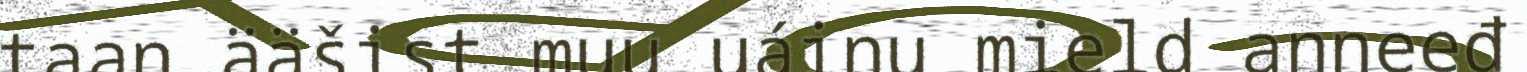
taan ääšist muu uáinu mield anneeđ